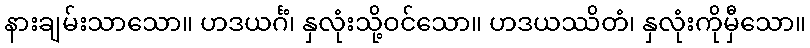
နားချမ်းသာသော။ ဟဒယင်္ဂံ၊ နှလုံးသို့ဝင်သော။ ဟဒယဿိတံ၊ နှလုံးကိုမှီသော။